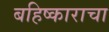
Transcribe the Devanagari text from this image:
बहिष्काराचा